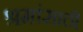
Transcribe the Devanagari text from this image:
श्रमांसाठी